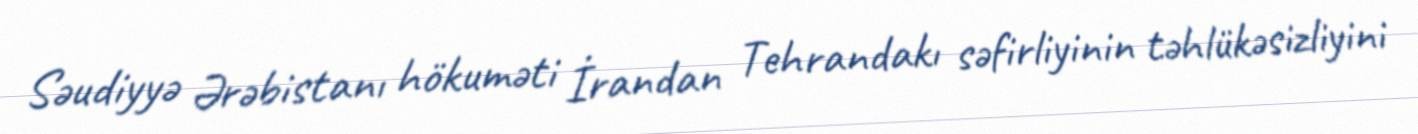
Səudiyyə Ərəbistanı hökuməti İrandan Tehrandakı səfirliyinin təhlükəsizliyini